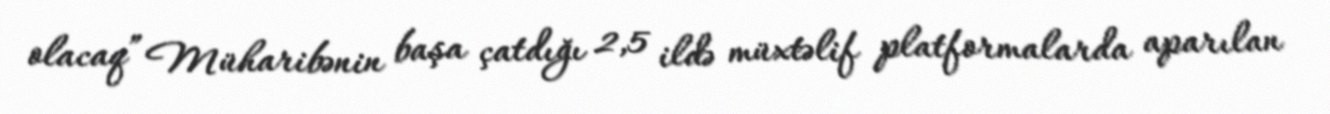
olacaq” Müharibənin başa çatdığı 2,5 ildə müxtəlif platformalarda aparılan